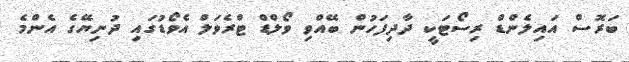
ބަރޮސް އައިލެންޑް ރިސޯޓަކީ ދާދިފަހުން ބޭއްވި ވޯލްޑް ޓްރެވަލް އެވޯޑުގައި ދުނިޔޭގެ އެންމެ